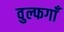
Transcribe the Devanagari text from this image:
वुल्फगाँ